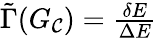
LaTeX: \begin{array}{r}{\tilde{\Gamma}(G_{\mathcal{C}})=\frac{\delta E}{\Delta E}}\end{array}